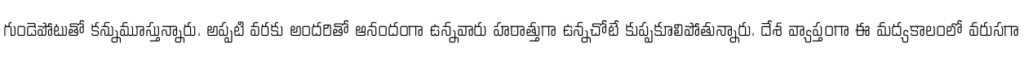
గుండెపోటుతో కన్నుమూస్తున్నారు. అప్పటి వరకు అందరితో ఆనందంగా ఉన్నవారు హఠాత్తుగా ఉన్నచోటే కుప్పకూలిపోతున్నారు. దేశ వ్యాప్తంగా ఈ మద్యకాలంలో వరుసగా